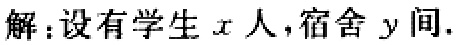
解：设有学生\(x\)人，宿舍\(y\)间.